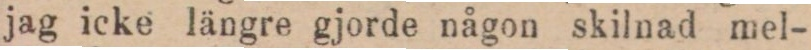
jag icke längre gjorde någon skilnad mel-